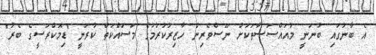
އެ ބާނުގައި ބުނަނީ މުއައްސަސާތަކަށް ނޫސްވެރިން ހާޒިރުކުރުމުގެ މަސައްކަތް ކުރަނީ "ޑިމޮކްރަސީގެ ބެރު"